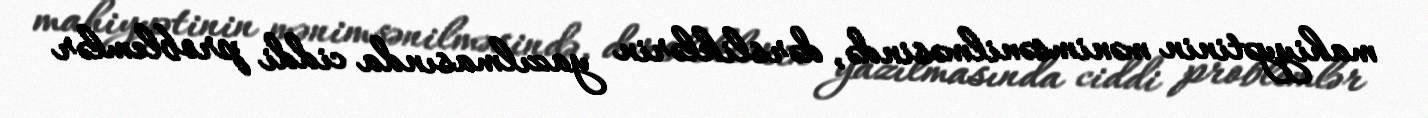
mahiyyətinin mənimsənilməsində, dərsliklərin yazılmasında ciddi problemlər